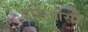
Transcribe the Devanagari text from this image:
इडिओसी